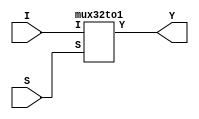

// Mason Marnell
// 32to1 Mux

/*
The videos are really helping me understand
(unless i did this wrong). Keep up the good work!
*/

module top(S,I,Y);

input [4:0] S;
input [31:0] I;
output Y;

mux32to1 U0(S,I,Y);


// Its good practice to only link
// other modules to "top" module.

endmodule

module mux32to1(S,I,Y);

input [31:0] I;
input [4:0] S;
output Y;

wire [31:0] W;

d5to32 u0(.A(S), .D(W));


//you could just do assign Y = W[31] & I[31] | W[30] & I[30] .....

assign Y = | (W & I); //more concise

endmodule


module d5to32(A, D);

input [4:0] A;
output [31:0] D;

wire [11:0] W;

//Module instantiations
d3to8 u0(.A(A[4:2]), .D(W[11:4]));
d2to4 u1(.A(A[1:0]), .D(W[3:0]));

//AND gates
assign D[31] = W[11] & W[3];
assign D[30] = W[11] & W[2];
assign D[29] = W[11] & W[1];
assign D[28] = W[11] & W[0];

assign D[27] = W[10] & W[3];
assign D[26] = W[10] & W[2];
assign D[25] = W[10] & W[1];
assign D[24] = W[10] & W[0];

assign D[23] = W[9] & W[3];
assign D[22] = W[9] & W[2];
assign D[21] = W[9] & W[1];
assign D[20] = W[9] & W[0];

assign D[19] = W[8] & W[3];
assign D[18] = W[8] & W[2];
assign D[17] = W[8] & W[1];
assign D[16] = W[8] & W[0];

assign D[15] = W[7] & W[3];
assign D[14] = W[7] & W[2];
assign D[13] = W[7] & W[1];
assign D[12] = W[7] & W[0];

assign D[11] = W[6] & W[3];
assign D[10] = W[6] & W[2];
assign D[9] = W[6] & W[1];
assign D[8] = W[6] & W[0];

assign D[7] = W[5] & W[3];
assign D[6] = W[5] & W[2];
assign D[5] = W[5] & W[1];
assign D[4] = W[5] & W[0];

assign D[3] = W[4] & W[3];
assign D[2] = W[4] & W[2];
assign D[1] = W[4] & W[1];
assign D[0] = W[4] & W[0];

endmodule


module d3to8(A, D);

input [2:0] A;
output [7:0] D;

wire [5:0] W;

//Module Instantiations
d2to4 u0(.A(A[2:1]),    .D(W[5:2]));
d1to2 u1(.A(A[0]),      .D(W[1:0]));

//AND gates
assign D[7] = W[5] & W[1];
assign D[6] = W[5] & W[0];
assign D[5] = W[4] & W[1];
assign D[4] = W[4] & W[0];
assign D[3] = W[3] & W[1];
assign D[2] = W[3] & W[0];
assign D[1] = W[2] & W[1];
assign D[0] = W[2] & W[0];

endmodule

module d2to4(A, D);

input [1:0] A;
output [3:0] D;

wire [3:0] W;

//Module Instantiations
d1to2 u0(.A(A[1]), .D(W[3:2]));
d1to2 u1(.A(A[0]), .D(W[1:0]));

//.__ is the lower level decoder
//...( is being assigned to different
//                  higher end indexes(?)


//AND gates
assign D[3] = W[3] & W[1];
assign D[2] = W[3] & W[0];
assign D[1] = W[2] & W[1];
assign D[0] = W[2] & W[0];

endmodule

module d1to2(A,D);

input A;
output [1:0] D;

assign D[1] = ~A;
assign D[0] = A;

endmodule